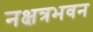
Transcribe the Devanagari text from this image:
नक्षत्रभवन